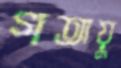
গতায়ু